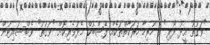
"ވަގުތު އީދު ފޯރި" ގެ ހުރިހާ ހަރަކާތްތަކެއް ފޭސްބުކް މެދުވެރިކޮށް "ވަގުތު" ވެބްސައިޓުން